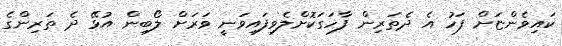
ކައިވެންޏަށް ފަހު އެ ދެތަރިން ފާހަގަކޮށްލެވިފައިވަނީ ވަރަށް ލޯބިން އުޅޭ ދެ ތަރިންގެ